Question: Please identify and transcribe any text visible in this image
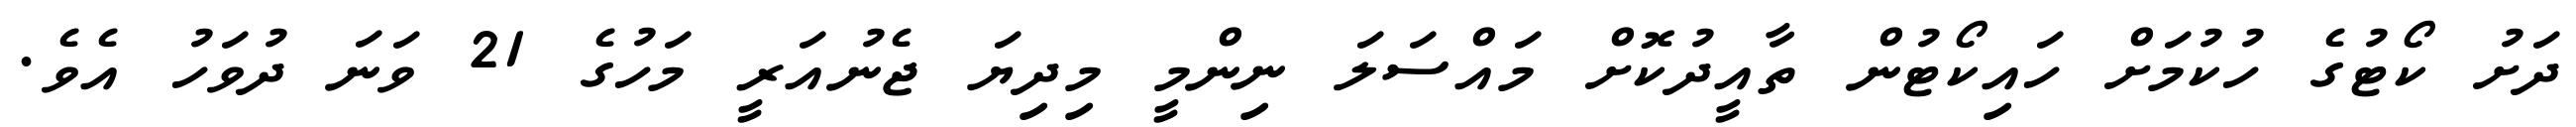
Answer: ދަށު ކޯޓުގެ ހުކުމަށް ހައިކޯޓުން ތާއީދުކޮށް މައްސަލަ ނިންމީ މިދިޔަ ޖެނުއަރީ މަހުގެ 21 ވަނަ ދުވަހު އެވެ.